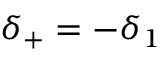
\delta _ { + } = - \delta _ { 1 }